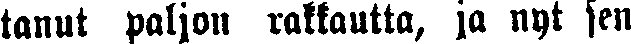
tanut paljon rakkautta, ja nyt sen